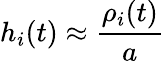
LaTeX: h_{i}(t)\approx\frac{\rho_{i}(t)}{a}